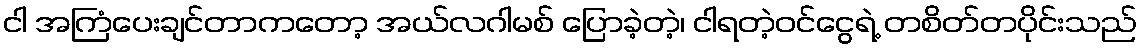
ငါ အကြံပေးချင်တာကတော့ အယ်လဂါမစ် ပြောခဲ့တဲ့၊ ငါရတဲ့ဝင်ငွေရဲ့ တစိတ်တပိုင်းသည်